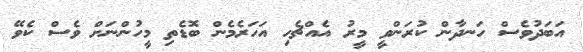
އަބަދުވެސް ހަނދާން ކުރަންވީ މީރު އެއްޗެހި އަހަރެމެން ބޮޑެތި މީހުންނަށް ވެސް ކެވޭ